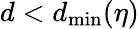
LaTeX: d<d_{\mathrm{min}}(\eta)